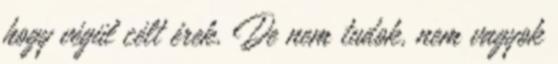
hogy végül célt érek. De nem tudok, nem vagyok